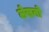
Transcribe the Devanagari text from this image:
लेखनो